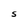
Character: S